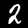
Label: 2